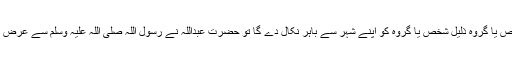
یعنی عزت والا شخص یا گروہ ذلیل شخص یا گروہ کو اپنے شہر سے باہر نکال دے گا تو حضرت عبداللہ نے رسول اللہ صلی اللہ علیہ وسلم سے عرض کیا کہ یا رسول اللہ!